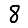
Digit: 8